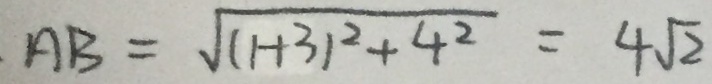
. A B = \sqrt { ( 1 + 3 ) ^ { 2 } + 4 ^ { 2 } } = 4 \sqrt { 2 }